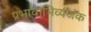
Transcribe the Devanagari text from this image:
प्रभावाभिव्यजंक